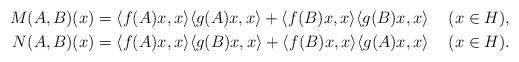
LaTeX: \begin{align*}M(A,B)(x)&=\langle f(A)x,x\rangle\langle g(A)x,x\rangle+\langle f(B)x,x\rangle\langle g(B)x,x\rangle&&(x\in H),\\N(A,B)(x)&=\langle f(A)x,x\rangle\langle g(B)x,x\rangle+\langle f(B)x,x\rangle\langle g(A)x,x\rangle&&(x\in H).\end{align*}